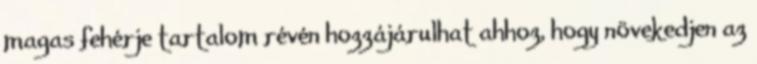
magas fehérje tartalom révén hozzájárulhat ahhoz, hogy növekedjen az